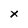
Character: X